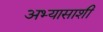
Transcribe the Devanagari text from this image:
अभ्यासाशी